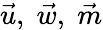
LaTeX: \vec{u},\; \vec{w},\; \vec{m}